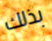
بذلك